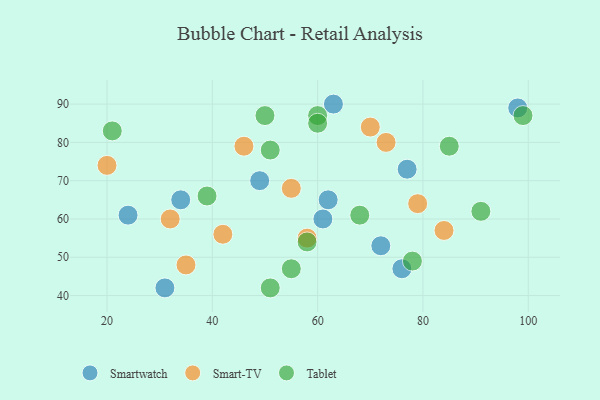
{"axis": {"x": "GDP", "y": "Life Expectancy"}, "legend": ["Smart-TV", "Smartwatch", "Tablet"], "data": [{"x": "24", "y": 61, "type": "Smartwatch"}, {"x": "62", "y": 65, "type": "Smartwatch"}, {"x": "31", "y": 42, "type": "Smartwatch"}, {"x": "76", "y": 47, "type": "Smartwatch"}, {"x": "98", "y": 89, "type": "Smartwatch"}, {"x": "77", "y": 73, "type": "Smartwatch"}, {"x": "63", "y": 90, "type": "Smartwatch"}, {"x": "61", "y": 60, "type": "Smartwatch"}, {"x": "49", "y": 70, "type": "Smartwatch"}, {"x": "72", "y": 53, "type": "Smartwatch"}, {"x": "34", "y": 65, "type": "Smartwatch"}, {"x": "42", "y": 56, "type": "Smart-TV"}, {"x": "20", "y": 74, "type": "Smart-TV"}, {"x": "35", "y": 48, "type": "Smart-TV"}, {"x": "46", "y": 79, "type": "Smart-TV"}, {"x": "73", "y": 80, "type": "Smart-TV"}, {"x": "55", "y": 68, "type": "Smart-TV"}, {"x": "84", "y": 57, "type": "Smart-TV"}, {"x": "79", "y": 64, "type": "Smart-TV"}, {"x": "70", "y": 84, "type": "Smart-TV"}, {"x": "32", "y": 60, "type": "Smart-TV"}, {"x": "58", "y": 55, "type": "Smart-TV"}, {"x": "50", "y": 87, "type": "Tablet"}, {"x": "51", "y": 42, "type": "Tablet"}, {"x": "39", "y": 66, "type": "Tablet"}, {"x": "55", "y": 47, "type": "Tablet"}, {"x": "99", "y": 87, "type": "Tablet"}, {"x": "91", "y": 62, "type": "Tablet"}, {"x": "60", "y": 87, "type": "Tablet"}, {"x": "68", "y": 61, "type": "Tablet"}, {"x": "51", "y": 78, "type": "Tablet"}, {"x": "85", "y": 79, "type": "Tablet"}, {"x": "78", "y": 49, "type": "Tablet"}, {"x": "60", "y": 85, "type": "Tablet"}, {"x": "58", "y": 54, "type": "Tablet"}, {"x": "21", "y": 83, "type": "Tablet"}]}